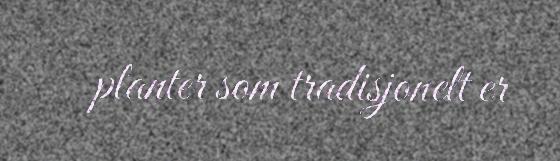
planter som tradisjonelt er